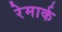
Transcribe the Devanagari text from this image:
रेमार्क